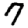
Digit: 7